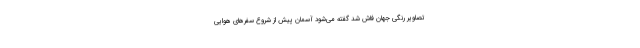
تصاویر رنگی جهان فاش شد گفته می‌شود آسمان پیش از شروع سفرهای هوایی